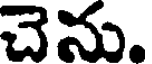
చెను.